Civil Veterinary Department. Madras. Admin. report 1910-25 - 1910-1925
Year: 1910
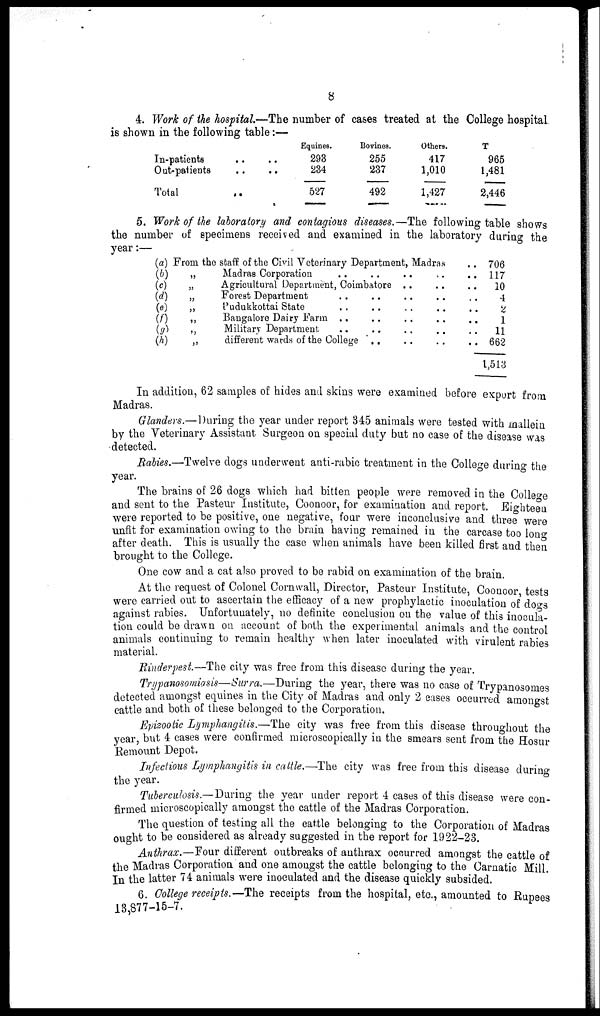
8
4. Work of the hospital.—The number of cases treated at the College hospital
is shown in the following table:—
In-patients ..
Out-patients ..
Total ..
Equines.
293
234
527
Bovines.
255
237
492
Others.
417
1,010
1,427
T
965
1,481
2,446
5. Work of the laboratory and contagious diseases.—The following table shows
the number of specimens received and examined in the laboratory during the
year:—
(a) From the staff of the Civil Veterinary Department, Madras
(b)
„
Madras Corporation .. .. ..
(c)
„
Agricultural Department, Coimbatore .. ..
(d)
„
Forest Department .. .. .. ..
(e)
„
Pudukkottai State .. .. .. ..
(f)
„
Bangalore Dairy Farm .. .. .. ..
(g)
„
Military Department .. .. .. ..
(h)
„
different wards of the College .. .. ..
706
117
10
4
2
1
11
662
1,513
In addition, 62 samples of hides and skins were examined before export from
Madras.
Glanders.—During the year under report 345 animals were tested with mllein
by the Veterinary Assistant Surgeon on special duty but no case of the disease was
detected.
Rabies.—Twelve dogs underwent anti-rabic treatment in the College during the
year.
The brains of 26 dogs which had bitten people were removed in the College
and sent to the Pasteur Institute, Coonoor, for examination and report. Eighteen
were reported to be positive, one negative, four were inconclusive and three were
unfit for examination owing to the brain having remained in the carcase too long
after death. This is usually the case when animals have been killed first and then
brought to the College.
One cow and a cat also proved to be rabid on examination of the brain.
At the request of Colonel Cornwall, Director, Pasteur Institute, Coonoor tests
were carried out to ascertain the efficacy of a new prophylactic inoculation of dogs
against rabies. Unfortunately, no definite conclusion on the value of this inocula-
tion could be drawn on account of both the experimental animals and the control
animals continuing to remain healthy when later inoculated with virulent rabies
material.
Rinderpest.—The city was free from this disease during the year.
Trypanosomiasis—-Surra.—During the year, there was no case of Trypanosomas
detected amongst equines in the City of Madras and only 2 cases occurred amongst
cattle and both of these belonged to the Corporation,
Epizootic Lymphangitis.—The city was free from this disease throughout the
year, but 4 cases were confirmed microscopically in the smears sent from the Hosur
Remount Depot.
Infectious Lymphangitis in cattle.—The city was free from this disease during
the year.
Tuberculosis.—During the year under report 4 cases of this disease were con-
firmed microscopically amongst the cattle of the Madras Corporation.
The question of testing all the cattle belonging to the Corporation of Madras
ought to be considered as already suggested in the report for 1922-23.
Anthrax.—Four different outbreaks of anthrax occurred amongst the cattle of
the Madras Corporation and one amongst the cattle belonging to the Carnatic Mill.
In the latter 74 animals were inoculated and the disease quickly subsided.
6. College receipts.—The receipts from the hospital, etc., amounted to Rupees
13,877-15-7.